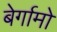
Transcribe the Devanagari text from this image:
बेर्गामो